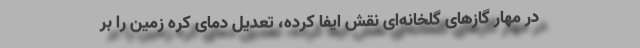
در مهار گاز‌های گلخانه‌ای نقش ایفا کرده، تعدیل دمای کره زمین را بر